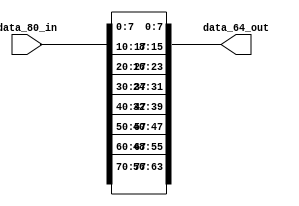


module test5(
data_80_in,
data_64_out);

input  [79:0] data_80_in;
output [63:0] data_64_out;


assign data_64_out = {data_80_in[77] , data_80_in[76] , data_80_in[75] , data_80_in[74] , data_80_in[73] , data_80_in[72] , data_80_in[71] , data_80_in[70] ,
data_80_in[67] , data_80_in[66] , data_80_in[65] , data_80_in[64] , data_80_in[63] , data_80_in[62] , data_80_in[61] , data_80_in[60] ,
data_80_in[57] , data_80_in[56] , data_80_in[55] , data_80_in[54] , data_80_in[53] , data_80_in[52] , data_80_in[51] , data_80_in[50] ,
data_80_in[47] , data_80_in[46] , data_80_in[45] , data_80_in[44] , data_80_in[43] , data_80_in[42] , data_80_in[41] , data_80_in[40] ,  
data_80_in[37] , data_80_in[36] , data_80_in[35] , data_80_in[34] , data_80_in[33] ,data_80_in[32] ,data_80_in[31] , data_80_in[30] , 
data_80_in[27] , data_80_in[26] ,  data_80_in[25] ,  data_80_in[24] ,  data_80_in[23] ,  data_80_in[22] ,  data_80_in[21] , data_80_in[20] ,
data_80_in[17] , data_80_in[16] , data_80_in[15] , data_80_in[14] , data_80_in[13] , data_80_in[12] , data_80_in[11] ,data_80_in[10],
data_80_in[7] , data_80_in[6] , data_80_in[5] , data_80_in[4] , data_80_in[3] , data_80_in[2] , data_80_in[1] , data_80_in[0]};

endmodule